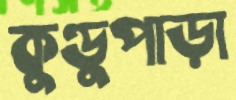
কুণ্ডুপাড়া